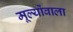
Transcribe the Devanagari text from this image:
मूल्योंवाला